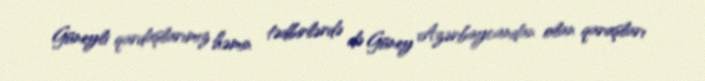
Güneyli qardaşlarımız həmin tədbirlərdə də Güney Azərbaycandan olan qaraşları